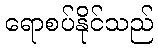
ရောစပ်နိုင်သည်